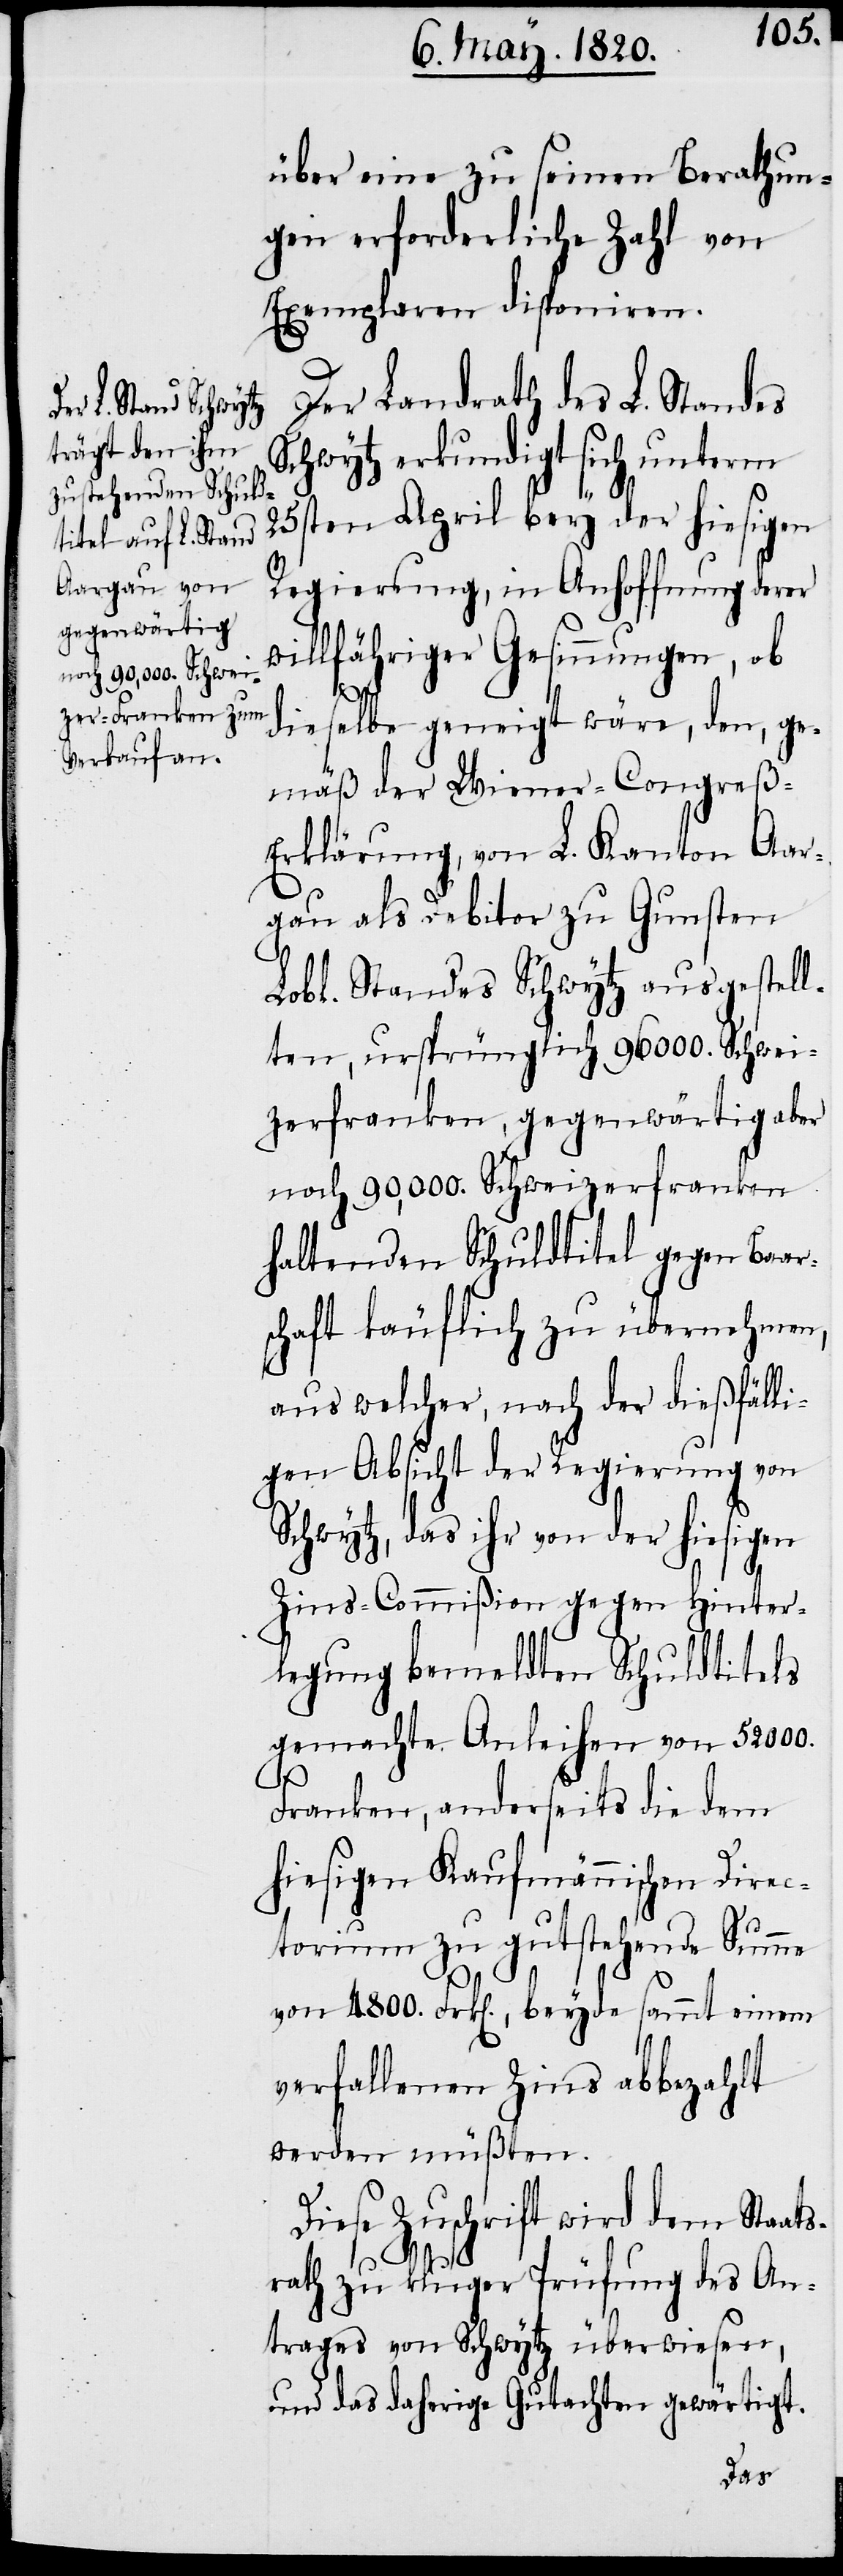
über eine zu seinen Berathun¬
gen erforderliche Zahl von
Exemplaren disponiren.
Der Landrath des L. Standes
Schwytz erkundigt sich, unterm
25sten April bey der hiesigen
Regierung, in Anhoffnung derer
willfähriger Gesinnungen, ob
dieselbe geneigt wäre, den, ge¬
mäß der Wiener-Congreß-E¬
rklärung, von L. Kanton Aar¬
gau als Debitor zu Gunsten
Lobl. Standes Schwytz ausgestell¬
ten, ursprünglich 96000. Schwei¬
zerfranken, gegenwärtig aber
noch 90,000. Schweizerfranken
haltenden Schuldtitel gegen Baar¬
schaft käuflich zu übernehmen,
aus welcher, nach der dießfäll¬
igen Absicht der Regierung von
Schwytz, das ihr von der hiesigen
Zins-Commißion gegen Hinter¬
legung bemeldten Schuldtitels
gemachte Anleihen von 52000.
Franken, anderseits die dem
hiesigen Kaufmännischen Direc¬
torium zu gutstehende Summe
von 4800. Frk[en]., beyde sammt einem
verfallenen Zins abbezahlt
werden müßten.
Diese Zuschrift wird dem Staat¬
srath zu kluger Prüfung des An¬
trages von Schwytz überwiesen,
und das daherige Gutachten gewärtigt.